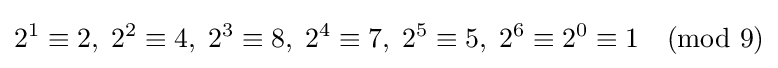
2^{1}\equiv 2,\;2^{2}\equiv 4,\;2^{3}\equiv 8,\;2^{4}\equiv 7,\;2^{5}\equiv 5,\;2^{6}\equiv 2^{0}\equiv 1{\pmod {9}}